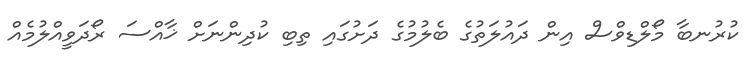
ކުރުނބާ މޯލްޑިވްސް އިން ދައުލަތުގެ ބެލުމުގެ ދަށުގައި ތިބި ކުދިންނަށް ޚާއްސަ ރޯދަވީއްލުމެއް